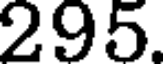
295.